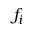
f _ { i }